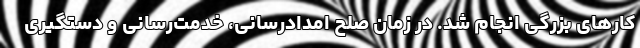
کارهای بزرگی انجام شد. در زمان صلح امدادرسانی، خدمت‌رسانی و دستگیری